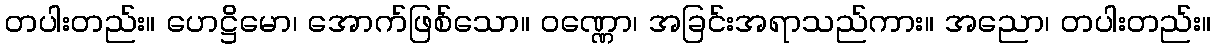
တပါးတည်း။ ဟေဋ္ဌိမော၊ အောက်ဖြစ်သော။ ဝဏ္ဏော၊ အခြင်းအရာသည်ကား။ အညော၊ တပါးတည်း။